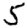
Digit: 5